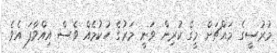
މުރުސީގެ މައްޗަށް މީގެ ކުރިން ވަނީ މަރުގެ ހުކުމެއް ވެސް އިއްވާފަ އެވެ.